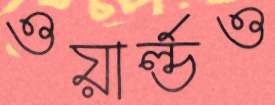
ওয়ার্ল্ডও